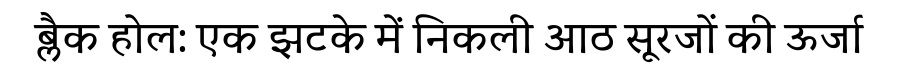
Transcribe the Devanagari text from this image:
ब्लैक होल: एक झटके में निकली आठ सूरजों की ऊर्जा